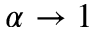
\alpha \to 1